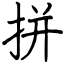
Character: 拼